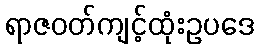
ရာဇဝတ်ကျင့်ထုံးဥပဒေ